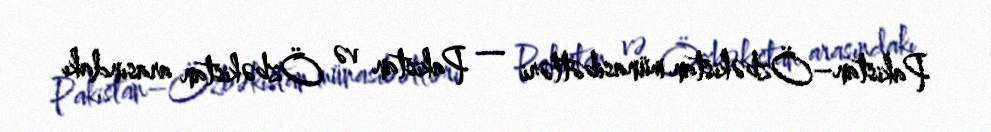
Pakistan–Özbəkistan münasibətləri — Pakistan və Özbəkistan arasındakı